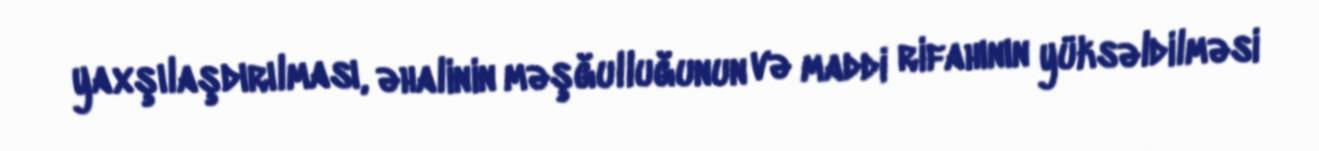
yaxşılaşdırılması, əhalinin məşğulluğunun və maddi rifahının yüksəldilməsi